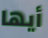
أيها